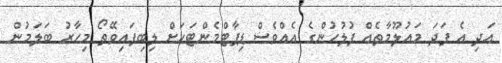
އަދި އެ ފަދަ މައުލޫމާތެއް ފުލުހުންގެ އެއްވެސް ޑިޕާޓްމެންޓަކަށް ލިބިފައިވޭތޯ މިހާރު ބަލަމުން